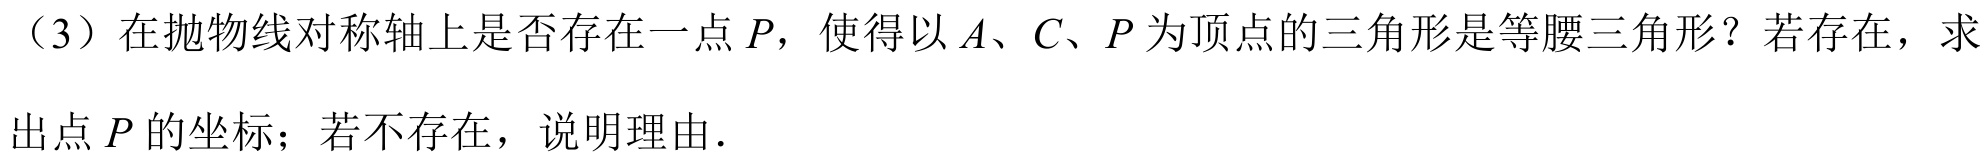
（3）在抛物线对称轴上是否存在一点\(P\)，使得以\(A\)、\(C\)、\(P\)为顶点的三角形是等腰三角形？若存在，求出点\(P\)的坐标；若不存在，说明理由．